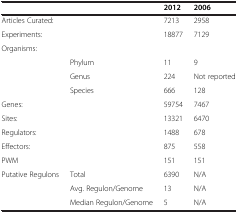
<table><thead><tr><td><b> </b></td><td><b> </b></td><td><b>2012</b></td><td><b>2006</b></td></tr></thead><tbody><tr><td>Articles Curated:</td><td> </td><td>7213</td><td>2958</td></tr><tr><td>Experiments:</td><td> </td><td>18877</td><td>7129</td></tr><tr><td>Organisms:</td><td> </td><td> </td><td> </td></tr><tr><td> </td><td>Phylum</td><td>11</td><td>9</td></tr><tr><td> </td><td>Genus</td><td>224</td><td>Not reported</td></tr><tr><td> </td><td>Species</td><td>666</td><td>128</td></tr><tr><td>Genes:</td><td> </td><td>59754</td><td>7467</td></tr><tr><td>Sites:</td><td> </td><td>13321</td><td>6470</td></tr><tr><td>Regulators:</td><td> </td><td>1488</td><td>678</td></tr><tr><td>Effectors:</td><td> </td><td>875</td><td>558</td></tr><tr><td>PWM</td><td> </td><td>151</td><td>151</td></tr><tr><td>Putative Regulons</td><td>Total</td><td>6390</td><td>N/A</td></tr><tr><td> </td><td>Avg. Regulon/Genome</td><td>13</td><td>N/A</td></tr><tr><td> </td><td>Median Regulon/Genome</td><td>5</td><td>N/A</td></tr></tbody></table>